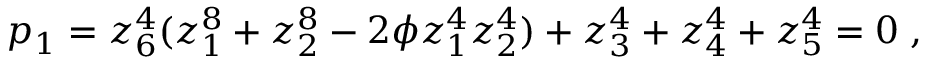
p _ { 1 } = z _ { 6 } ^ { 4 } ( z _ { 1 } ^ { 8 } + z _ { 2 } ^ { 8 } - 2 \phi z _ { 1 } ^ { 4 } z _ { 2 } ^ { 4 } ) + z _ { 3 } ^ { 4 } + z _ { 4 } ^ { 4 } + z _ { 5 } ^ { 4 } = 0 \; ,